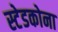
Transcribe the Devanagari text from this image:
स्टेडकोना